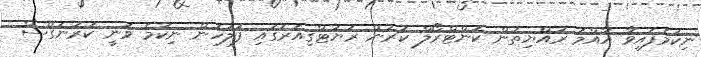
ނިކުމެފައިވާ އާއްމު ރައްޔިތުން ކޮންޓްރޯލް ކުރަން ރަޔަޓްގިއަރުގައި ފުލުހުން ނިކުމެ ވަނީ ކަރުނަގޭސް